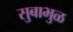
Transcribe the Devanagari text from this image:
सुबाभुळ